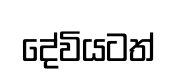
දේවියටත්